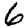
Digit: 6